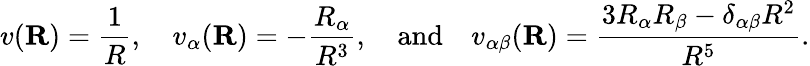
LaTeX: v(\mathbf{R})={\frac{1}{R}},\quad v_{\alpha}(\mathbf{R})=-{\frac{R_{\alpha}}{R^{3}}},\quad{\mathrm{and}}\quad v_{\alpha\beta}(\mathbf{R})={\frac{3R_{\alpha}R_{\beta}-\delta_{\alpha\beta}R^{2}}{R^{5}}}.